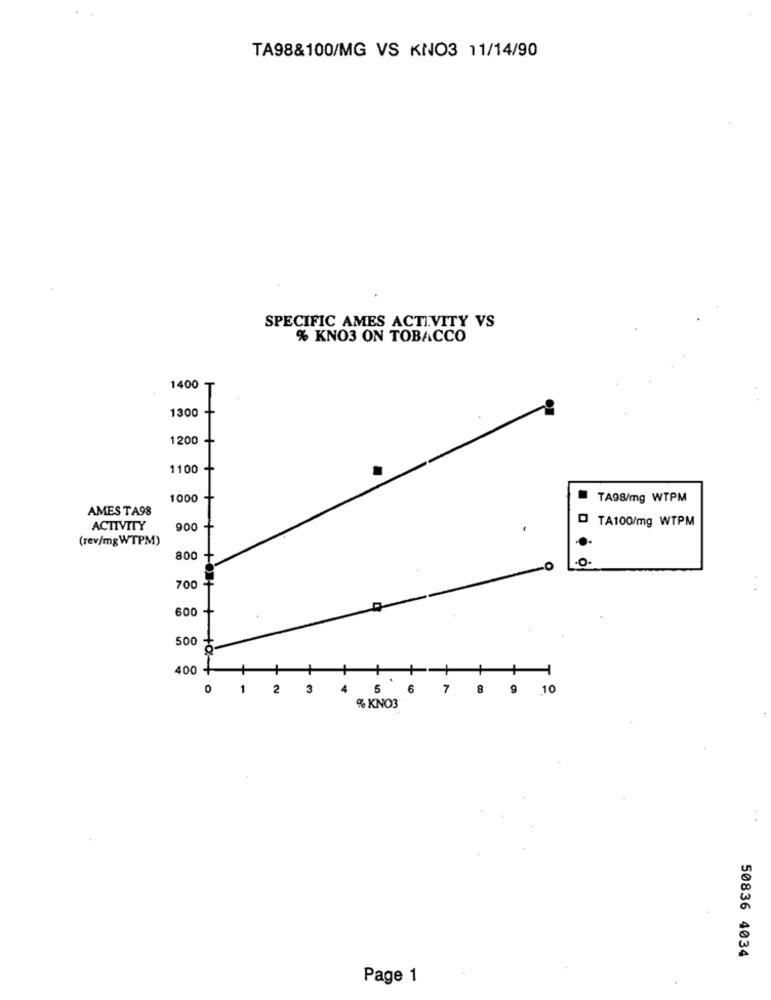
TA98&100/MG VS KNO3 11/14/90
SPECIFIC AMES ACTIVITY VS
% KNO3 ON TOBACCO
1400
T
1300
1200
1100
1000
TA98/mg WTPM
AMES TA98
TA100/mg WTPM
ACTIVITY
900
.
(rev/mgWTPM)
800
+
700 -
600 -
500
0 1 2 3
4
5
5 7 8 9 .10
% KNO3"
50836 4034
Page 1